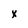
Character: x